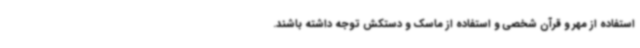
استفاده از مهر و قرآن شخصی و استفاده از ماسک و دستکش توجه داشته باشند.